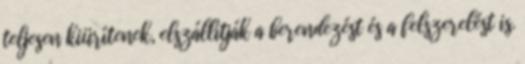
teljesen kiürítenek, elszállítják a berendezést és a felszerelést is.